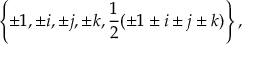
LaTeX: \left\{ \pm 1 , \pm i , \pm j , \pm k , \frac { 1 } { 2 } ( \pm 1 \pm i \pm j \pm k ) \right\} ,